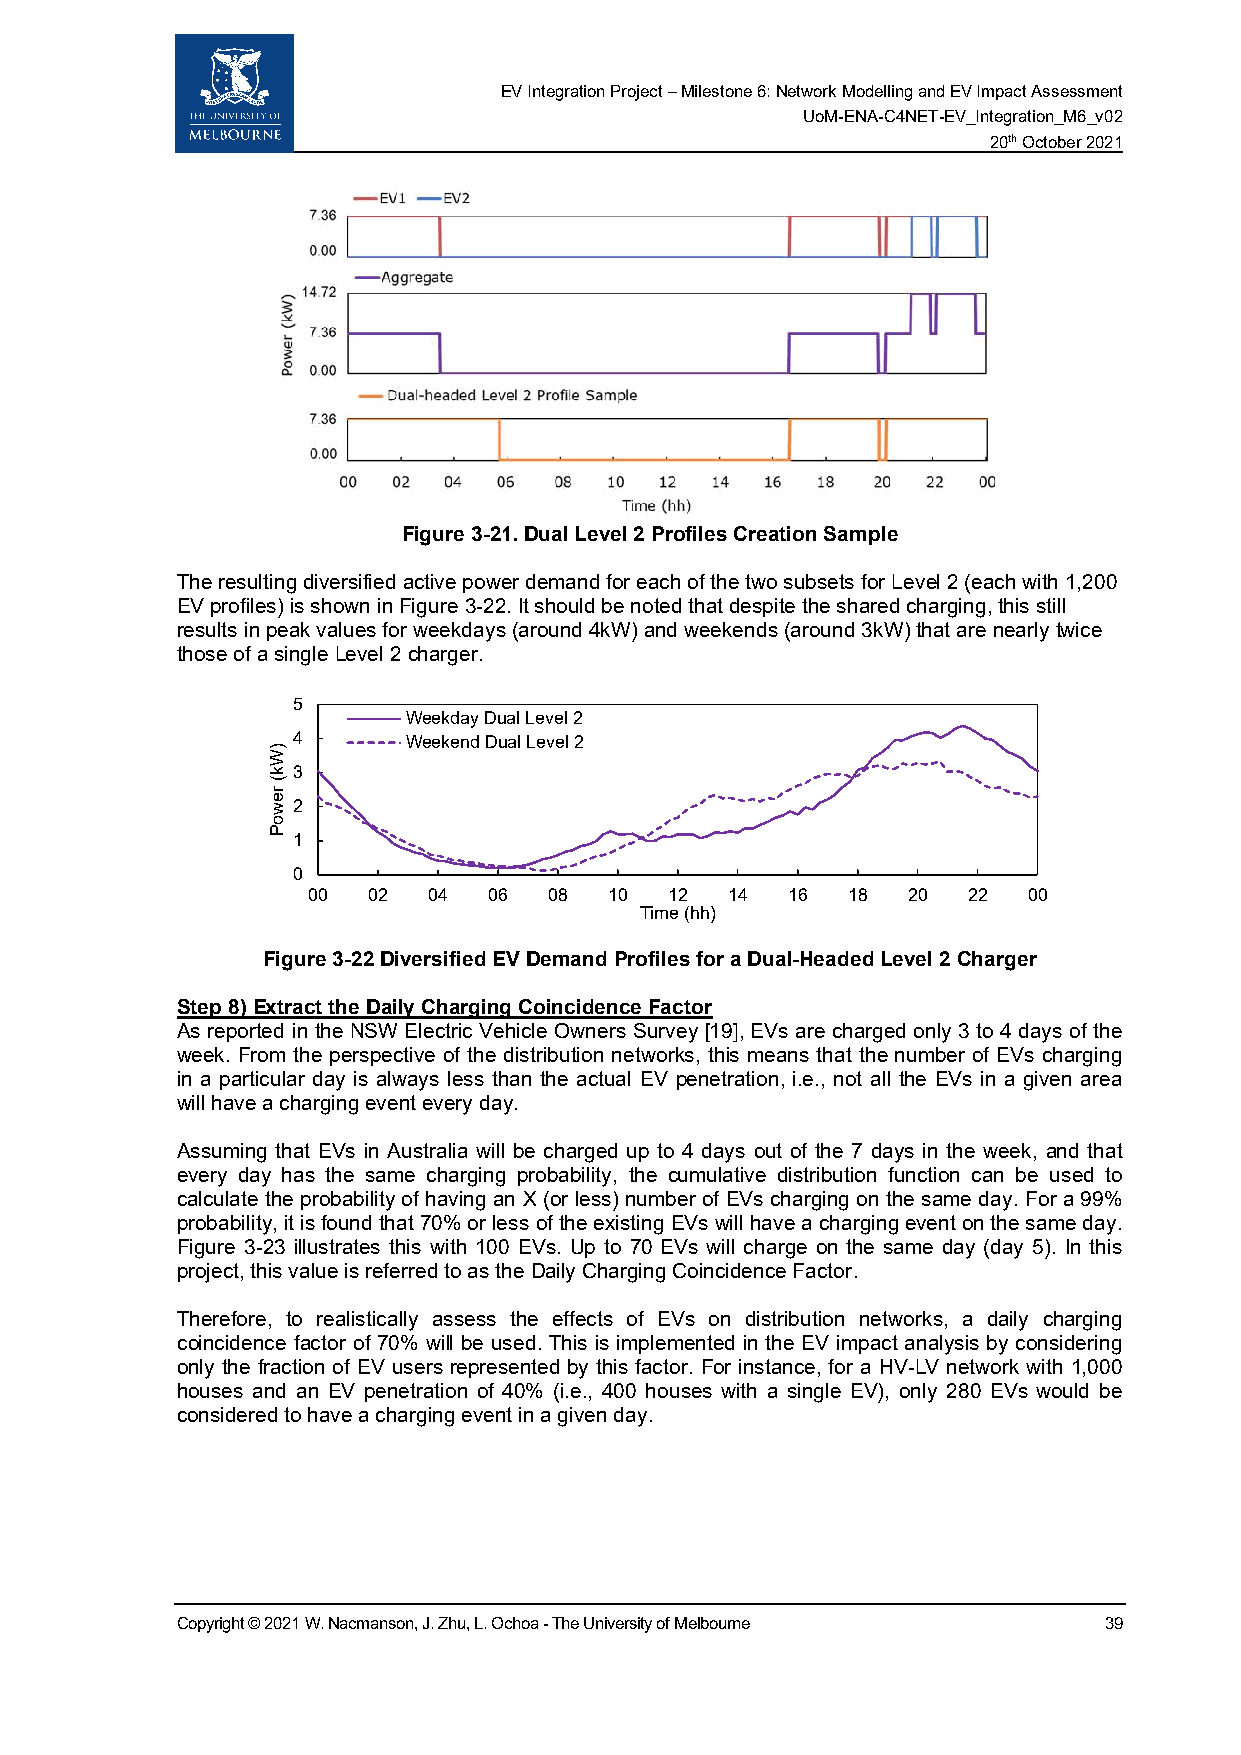
EV Integration Project – Milestone 6: Network Modelling and EV Impact Assessment
 UoM-ENA-C4NET-EV_Integration_M6_v02
 20th October 2021
 Figure 3-21. Dual Level 2 Profiles Creation Sample
 The resulting diversified active power demand for each of the two subsets for Level 2 (each with 1,200
 EV profiles) is shown in Figure 3-22. It should be noted that despite the shared charging, this still
 results in peak values for weekdays (around 4kW) and weekends (around 3kW) that are nearly twice
 those of a single Level 2 charger.
 5
 Weekday Dual Level 2
 4       Weekend Dual Level 2
 3
 2
 1
 0
 00  02  04  06  08  10  12  14  16  18  20  22  00
 Time (hh)
 Figure 3-22 Diversified EV Demand Profiles for a Dual-Headed Level 2 Charger
 Step 8) Extract the Daily Charging Coincidence Factor
 As reported in the NSW Electric Vehicle Owners Survey [19], EVs are charged only 3 to 4 days of the
 week. From the perspective of the distribution networks, this means that the number of EVs charging
 in a particular day is always less than the actual EV penetration, i.e., not all the EVs in a given area
 will have a charging event every day.
 Assuming that EVs in Australia will be charged up to 4 days out of the 7 days in the week, and that
 every day has the same charging probability, the cumulative distribution function can be used to
 calculate the probability of having an X (or less) number of EVs charging on the same day. For a 99%
 probability, it is found that 70% or less of the existing EVs will have a charging event on the same day.
 Figure 3-23 illustrates this with 100 EVs. Up to 70 EVs will charge on the same day (day 5). In this
 project, this value is referred to as the Daily Charging Coincidence Factor.
 Therefore, to realistically assess the effects of EVs on distribution networks, a daily charging
 coincidence factor of 70% will be used. This is implemented in the EV impact analysis by considering
 only the fraction of EV users represented by this factor. For instance, for a HV-LV network with 1,000
 houses and an EV penetration of 40% (i.e., 400 houses with a single EV), only 280 EVs would be
 considered to have a charging event in a given day.
 Copyright © 2021 W. Nacmanson, J. Zhu, L. Ochoa - The University of Melbourne 39
 )Wk(
 rewoP